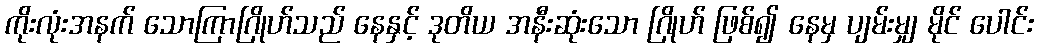
ကိုးလုံးအနက် သောကြာဂြိုဟ်သည် နေနှင့် ဒုတိယ အနီးဆုံးသော ဂြိုဟ် ဖြစ်၍ နေမှ ပျမ်းမျှ မိုင် ပေါင်း